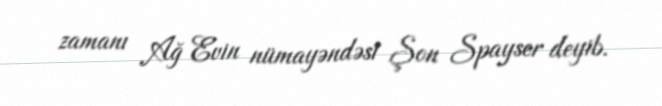
zamanı Ağ Evin nümayəndəsi Şon Spayser deyib.